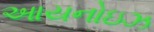
આયનોઇઝ